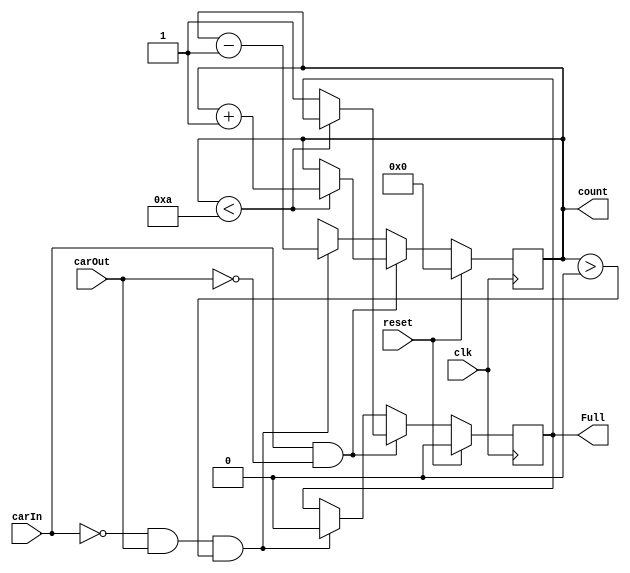
`timescale 1ns / 1ps

module Car_Parking(
  input clk,        
  input reset,      
  input carIn,      
  input carOut,     
  output reg Full,
  output reg [7:0] count
);
     
  always @(posedge clk) begin
    if (reset) begin
      count <= 0;    
      Full <= 0;   
    end
    else begin
    if (carIn && !carOut) begin
        if (count < 10) // Change the value for adding or removing slots
          count <= count + 1;   
        else
          Full <= 1;          
      end
      else if (!carIn && carOut && count > 0) begin
        count <= count - 1;     
        Full <= 0;           
      end
      else
        count = 8'bxxxxxxxx;
    end
  end
endmodule